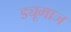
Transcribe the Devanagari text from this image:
ड्यूमाज